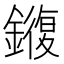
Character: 𫓍